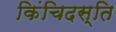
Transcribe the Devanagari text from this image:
किंचिदस्ति